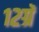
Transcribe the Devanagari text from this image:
१२ग्रॅ